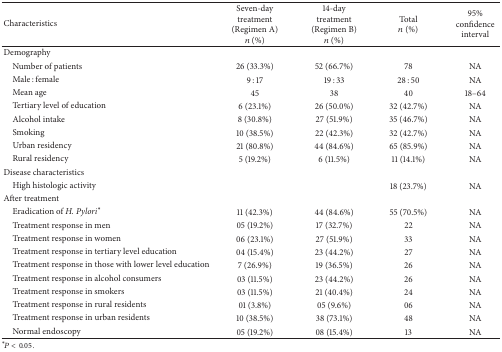
<table><thead><tr><td><b>Characteristics</b></td><td><b>Seven-day treatment (Regimen A)<i>n</i> (%)</b></td><td><b>14-day treatment (Regimen B) <i>n</i> (%)</b></td><td><b>Total<i>n</i> (%)</b></td><td><b>95% confidence interval</b></td></tr></thead><tbody><tr><td>Demography</td><td> </td><td> </td><td> </td><td> </td></tr><tr><td> Number of patients</td><td>26 (33.3%)</td><td>52 (66.7%)</td><td>78</td><td>NA</td></tr><tr><td> Male : female</td><td>9 : 17</td><td>19 : 33</td><td>28 : 50</td><td>NA</td></tr><tr><td> Mean age</td><td>45</td><td>38</td><td>40 </td><td>18–64</td></tr><tr><td> Tertiary level of education</td><td>6 (23.1%)</td><td>26 (50.0%)</td><td>32 (42.7%)</td><td>NA</td></tr><tr><td> Alcohol intake</td><td>8 (30.8%)</td><td>27 (51.9%)</td><td>35 (46.7%)</td><td>NA</td></tr><tr><td> Smoking</td><td>10 (38.5%)</td><td>22 (42.3%)</td><td>32 (42.7%)</td><td>NA</td></tr><tr><td> Urban residency</td><td>21 (80.8%)</td><td>44 (84.6%)</td><td>65 (85.9%)</td><td>NA</td></tr><tr><td> Rural residency</td><td>5 (19.2%)</td><td>6 (11.5%)</td><td>11 (14.1%)</td><td>NA</td></tr><tr><td>Disease characteristics</td><td> </td><td> </td><td> </td><td> </td></tr><tr><td> High histologic activity</td><td> </td><td> </td><td>18 (23.7%)</td><td>NA</td></tr><tr><td>After treatment</td><td> </td><td> </td><td> </td><td> </td></tr><tr><td> Eradication of <i>H. Pylori</i><sup><i>∗</i></sup></td><td>11 (42.3%)</td><td>44 (84.6%)</td><td>55 (70.5%)</td><td>NA</td></tr><tr><td> Treatment response in men</td><td>05 (19.2%)</td><td>17 (32.7%)</td><td>22</td><td>NA</td></tr><tr><td> Treatment response in women</td><td>06 (23.1%)</td><td>27 (51.9%)</td><td>33</td><td>NA</td></tr><tr><td> Treatment response in tertiary level education</td><td>04 (15.4%)</td><td>23 (44.2%)</td><td>27</td><td>NA</td></tr><tr><td> Treatment response in those with lower level education</td><td>7 (26.9%)</td><td>19 (36.5%)</td><td>26</td><td>NA</td></tr><tr><td> Treatment response in alcohol consumers</td><td>03 (11.5%)</td><td>23 (44.2%)</td><td>26</td><td>NA</td></tr><tr><td> Treatment response in smokers</td><td>03 (11.5%)</td><td>21 (40.4%)</td><td>24</td><td>NA</td></tr><tr><td> Treatment response in rural residents</td><td>01 (3.8%)</td><td>05 (9.6%)</td><td>06</td><td>NA</td></tr><tr><td> Treatment response in urban residents</td><td>10 (38.5%)</td><td>38 (73.1%)</td><td>48</td><td>NA</td></tr><tr><td> Normal endoscopy</td><td>05 (19.2%)</td><td>08 (15.4%)</td><td>13</td><td>NA</td></tr></tbody></table>